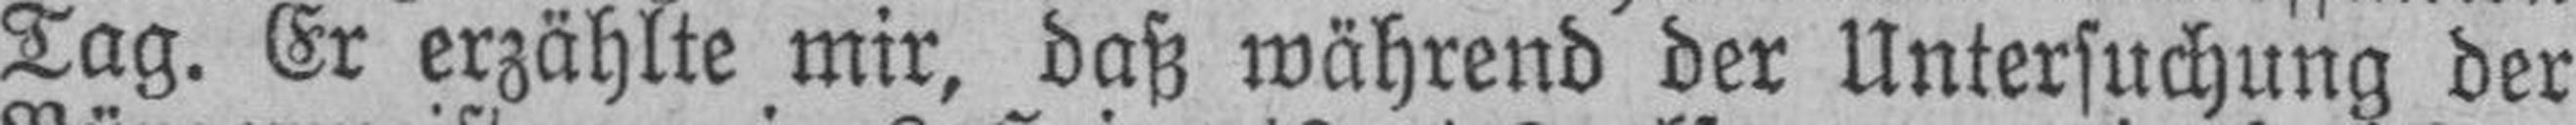
Tag. Er erzählte mir, daß während der Untersuchung der